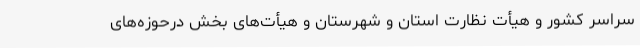
سراسر کشور و هیأت نظارت استان و شهرستان و هیأت‌های بخش در‌حوزه‌های